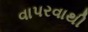
વાપરવાથી